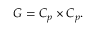
G = C _ { p } \times C _ { p } .